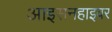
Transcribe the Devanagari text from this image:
आइसनहाइवर